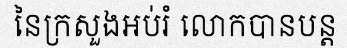
នៃក្រសួងអប់រំ លោកបានបន្ត